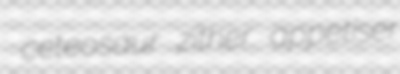
ceteosaur zither appetiser